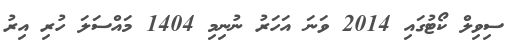
ސިވިލް ކޯޓުގައި 2014 ވަނަ އަހަރު ނުނިމި 1404 މައްސަލަ ހުރި އިރު